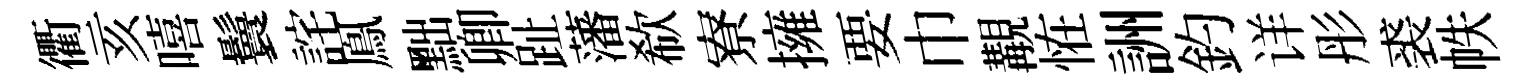
衢亥嘻鬟詫鳯黜卿趾藩欷寮擁要巾覯恠詶釣详彤裘帙